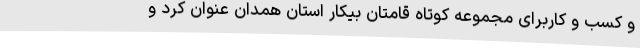
و کسب و کاربرای مجموعه کوتاه قامتان بیکار استان همدان عنوان کرد و